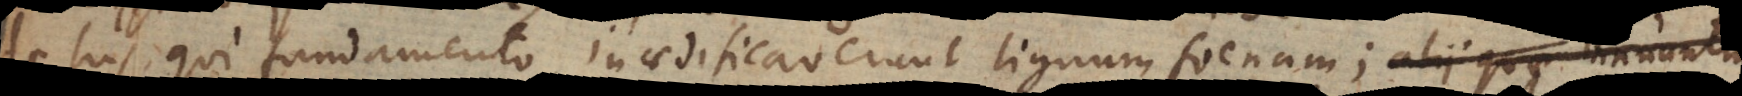
de his qui fundamento inaedificaverunt lignum, foenum,